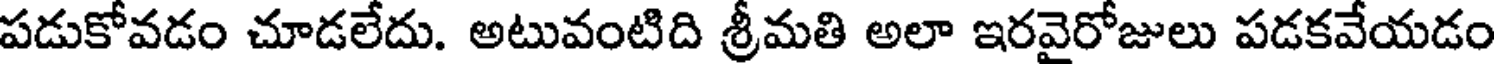
పడుకోవడం చూడలేదు. అటువంటిది శ్రీమతి అలా ఇరవైరోజులు పడకవేయడం